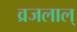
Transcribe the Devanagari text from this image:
व्रजलाल्